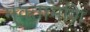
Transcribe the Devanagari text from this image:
मुक्तामणि